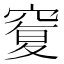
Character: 𥦸